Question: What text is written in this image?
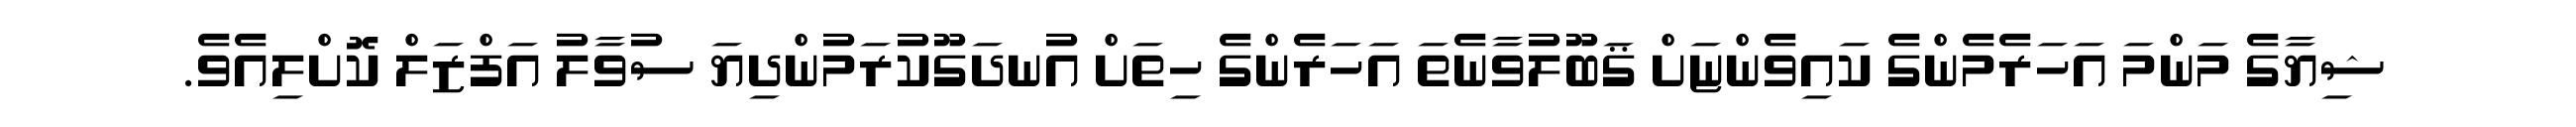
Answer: ޝިޔާގެ މަންމަ އަހަރެމެންގެ ކައިވެންޏަށް ޤަބޫލުވާނެތަ އަހަރެންގެ ހިތަށް އުނދަގޫކުރަމުންދިޔަ ސުވާލު އަފްޒަލް ކޮށްލިއެވެ.